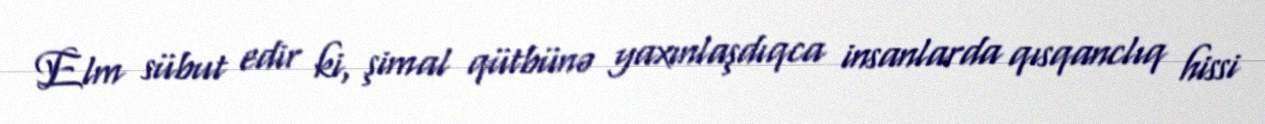
Elm sübut edir ki, şimal qütbünə yaxınlaşdıqca insanlarda qısqanclıq hissi